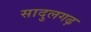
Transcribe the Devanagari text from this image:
सादुलगढ़